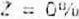
Z = 0%